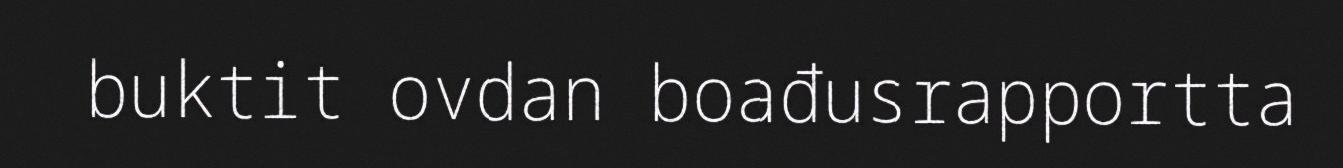
buktit ovdan boađusrapportta